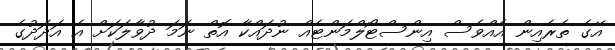
އޭގެ ތެރެއިން އެއްވެސް އިންސްޓޯލްމަންޓެއް ނުދައްކާ އޮތް ނަމަ ދުވާލަކަށް އެ އަދަދުގެ